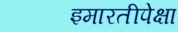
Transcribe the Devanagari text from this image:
इमारतीपेक्षा